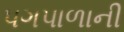
પગપાળાની